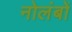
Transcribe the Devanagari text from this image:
नोलंबों